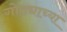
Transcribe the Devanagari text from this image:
गोट्याच्या